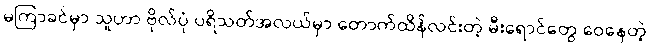
မကြာခင်မှာ သူဟာ ဗိုလ်ပုံ ပရိသတ်အလယ်မှာ တောက်ထိန်လင်းတဲ့ မီးရောင်တွေ ဝေနေတဲ့